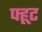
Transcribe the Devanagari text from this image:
फ्हूट